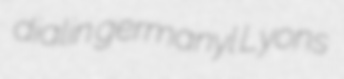
dialin germanyl Lyons